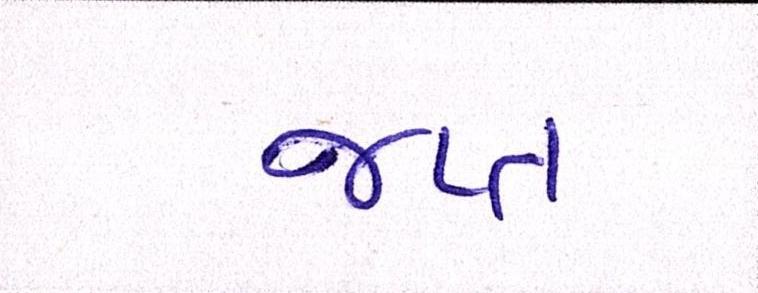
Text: જપ્ત